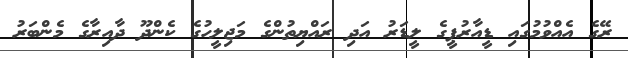
ރޭގެ އެއްވުމުގައި ޑީއާރުޕީގެ ލީޑަރު އަދި ރައްޔިތުންގެ މަޖިލީހުގެ ކެންދޫ ދާއިރާގެ މެންބަރު